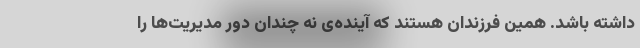
داشته باشد. همین فرزندان هستند که آینده‌ی نه چندان دور مدیریت‌ها را